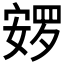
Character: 𰍚